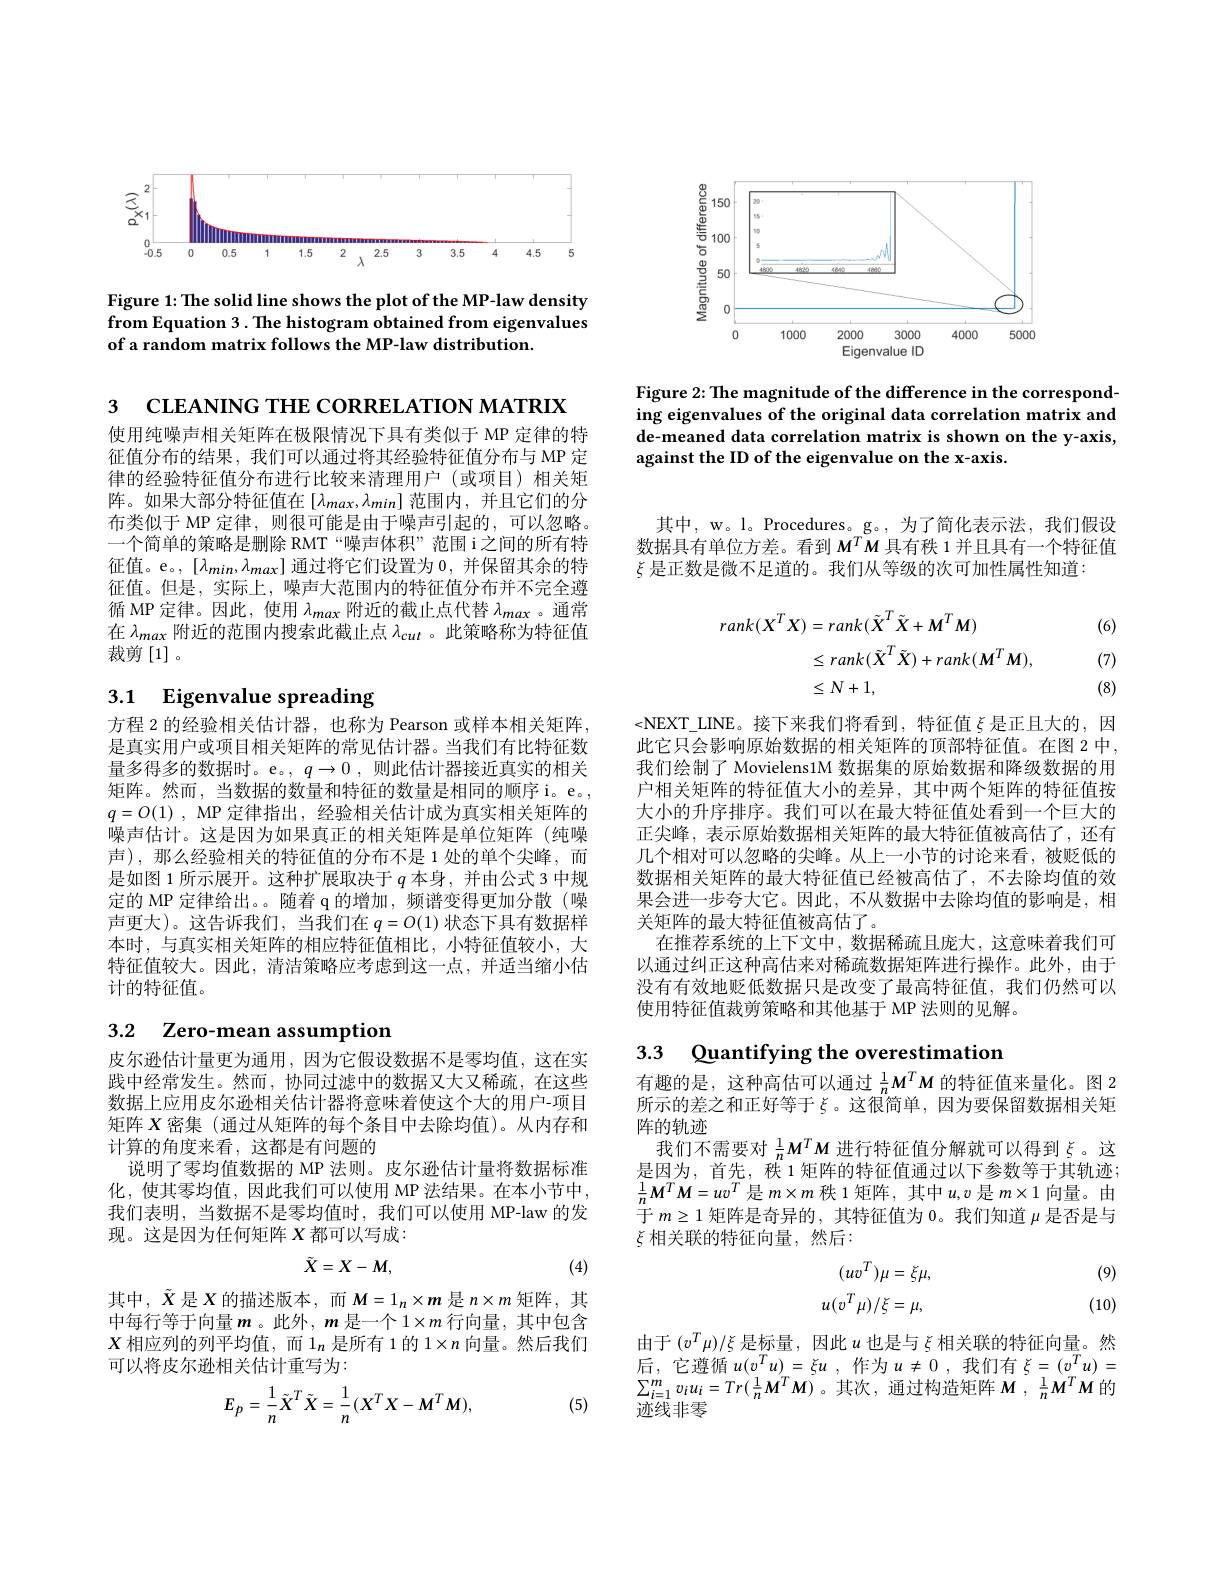
<FigureHere>

Figure 1: The solid line shows the plot of the MP-law density from Equation 3. The histogram obtained from eigenvalues of a random matrix follows the MP-law distribution.

<FigureHere>

Figure 2: The magnitude of the difference in the corresponding eigenvalues of the original data correlation matrix and de-meaned data correlation matrix is shown on the y-axis, against the ID of the eigenvalue on the x-axis.

3 СLEANING THE CORRELATION MATRIX

使用纯噪声相关矩阵在极限情况下具有类似于 MP 定律的特征值分布的结果，我们可以通过将其经验特征值分布与 MP 定律的经验特征值分布进行比较来清理用户(或项目)相关矩阵。如果大部分特征值在$[\lambda_max,\lambda_{min}]$范围内，并且它们的分布类似于 MP 定律，则很可能是由于噪声引起的，可以忽略。一个简单的策略是删除 RMT“噪声体积”范围 i之间的所有特征值。e。, $[\lambda_min,\lambda_{max}]$通过将它们设置为0，并保留其余的特征值。但是，实际上，噪声大范围内的特征值分布并不完全遵循 MP 定律。因此 , 使用$\lambda_max$附近的截止点代替$\lambda_max$ 。通常在$\lambda_{max}$附近的范围内搜索此截止点$\lambda_cut$ 。此策略称为特征值裁剪$\left[1\right]$。

# 3.1 Eigenvalue spreading

方程 2 的经验相关估计器，也称为 Pearson 或样本相关矩阵， 是真实用户或项目相关矩阵的常见估计器。当我们有比特征数量多得多的数据时。e。,$q\to0$,则此估计器接近真实的相关矩阵。然而，当数据的数量和特征的数量是相同的顺序i。e。, $q= O( 1)$ , MP定律指出，经验相关估计成为真实相关矩阵的噪声估计。这是因为如果真正的相关矩阵是单位矩阵(纯噪声),那么经验相关的特征值的分布不是 1 处的单个尖峰，而是如图 1 所示展开。这种扩展取决于$q$本身，并由公式 3 中规定的 MP 定律给出。。随着 q 的增加，频谱变得更加分散(噪声更大)。这告诉我们，当我们在$q=O(1)$状态下具有数据样本时，与真实相关矩阵的相应特征值相比，小特征值较小，大特征值较大。因此，清洁策略应考虑到这一点，并适当缩小估计的特征值。

3.2 Zero-mean assumption

皮尔逊估计量更为通用，因为它假设数据不是零均值，这在实践中经常发生。然而，协同过滤中的数据又大又稀疏，在这些数据上应用皮尔逊相关估计器将意味着使这个大的用户-项目矩阵$X$密集 (通过从矩阵的每个条目中去除均值)。从内存和计算的角度来看，这都是有问题的
说明了零均值数据的 MP 法则。皮尔逊估计量将数据标准化，使其零均值，因此我们可以使用 MP 法结果。在本小节中， 我们表明，当数据不是零均值时，我们可以使用 MP-law 的发现。这是因为任何矩阵$X$都可以写成：
$$\tilde{X}=X-M,$$
(4)

其中，$\tilde{X}$是$X$的描述版本，而$M=1_n\times m$是$n\times m$矩阵，其中每行等于向量$m$ 。此外，$m$是一个 1$\times m$行向量，其中包含$X$相应列的列平均值，而$1_n$是所有 1 的$1\times n$向量。然后我们可以将皮尔逊相关估计重写为：
$$E_{p}=\frac{1}{n}\tilde{X}^{T}\tilde{X}=\frac{1}{n}(X^{T}X-M^{T}M),$$
(5)

其中，w。l。Procedures。g。, 为了简化表示法，我们假设数据具有单位方差。看到$M^TM$具有秩 1 并且具有一个特征值$\xi$是正数是微不足道的。我们从等级的次可加性属性知道：

(6)
$$\begin{aligned}rank(X^{T}X)&=rank(\tilde{X}^{T}\tilde{X}+M^{T}M)\\&\leq rank(\tilde{X}^{T}\tilde{X})+rank(M^{T}M),\\&\leq N+1,\end{aligned}$$
(7) (8)

<NEXT\_LINE。接下来我们将看到，特征值$\xi$是正且大的，因此它只会影响原始数据的相关矩阵的顶部特征值。在图 2 中， 我们绘制了 Movielens1M 数据集的原始数据和降级数据的用户相关矩阵的特征值大小的差异，其中两个矩阵的特征值按大小的升序排序。我们可以在最大特征值处看到一个巨大的正尖峰，表示原始数据相关矩阵的最大特征值被高估了，还有几个相对可以忽略的尖峰。从上一小节的讨论来看，被贬低的数据相关矩阵的最大特征值已经被高估了，不去除均值的效果会进一步夸大它。因此，不从数据中去除均值的影响是，相关矩阵的最大特征值被高估了。
在推荐系统的上下文中，数据稀疏且庞大，这意味着我们可以通过纠正这种高估来对稀疏数据矩阵进行操作。此外，由于没有有效地贬低数据只是改变了最高特征值，我们仍然可以使用特征值裁剪策略和其他基于 MP 法则的见解。

## 3.3 Quantifying the overestimatior 有趣的是，这种高估可以通过$\frac1nM^TM$ 的特征值来量化。图 2

所示的差之和正好等于$\xi$。这很简单，因为要保留数据相关矩
阵的轨迹
我们不需要对$\frac1n\boldsymbol{M}^T\boldsymbol{M}$进行特征值分解就可以得到$\xi$。这是因为，首先，秩 1 矩阵的特征值通过以下参数等于其轨迹； $\frac{1}{n}\boldsymbol{M}^{T}\boldsymbol{M}=uv^{T}$是$m\times m$秩 1 矩阵，其中$u,v$是$m\times1$向量。由$\overline{\text{于 }m\geq1\text{ 矩阵是奇异的，其特征值为 }0}$。我们知道$\mu$是否是与$\xi$相关联的特征向量，然后：

(9)
$$\begin{array}{c}(uv^T)\mu=\xi\mu,\\u(v^T\mu)/\xi=\mu,\end{array}$$
(10)

由于$(v^T\mu)/\xi$是标量，因此$u$也是与$\xi$相关联的特征向量。然后，它遵循$u( v^Tu) _{\mathrm{T} }= \xi u$ ,作为$u\neq 0$ ,我们有$\xi=(v^Tu)=$ $\sum_{i=1}^{m}v_{i}u_{i}=Tr(\frac{1}{n}M^{T}M)$。其次，通过构造矩阵$M,\frac1nM^{T}M$的迹线非零